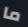
ما